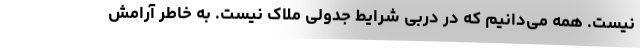
نیست. همه می‌دانیم که در دربی شرایط جدولی ملاک نیست. به خاطر آرامش